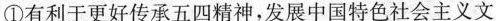
①有利于更好传承五四精神，发展中国特色社会主义文